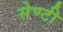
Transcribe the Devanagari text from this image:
सेण्टी